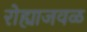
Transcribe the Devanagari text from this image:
रोह्याजवळ